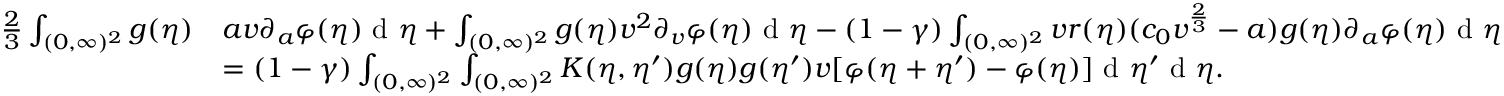
\begin{array} { r l } { \frac { 2 } { 3 } \int _ { ( 0 , \infty ) ^ { 2 } } g ( \eta ) } & { a v \partial _ { a } \varphi ( \eta ) \textup { d } \eta + \int _ { ( 0 , \infty ) ^ { 2 } } g ( \eta ) v ^ { 2 } \partial _ { v } \varphi ( \eta ) \textup { d } \eta - ( 1 - \gamma ) \int _ { ( 0 , \infty ) ^ { 2 } } v r ( \eta ) ( c _ { 0 } v ^ { \frac { 2 } { 3 } } - a ) g ( \eta ) \partial _ { a } \varphi ( \eta ) \textup { d } \eta } \\ & { = ( 1 - \gamma ) \int _ { ( 0 , \infty ) ^ { 2 } } \int _ { ( 0 , \infty ) ^ { 2 } } K ( \eta , \eta ^ { \prime } ) g ( \eta ) g ( \eta ^ { \prime } ) v [ \varphi ( \eta + \eta ^ { \prime } ) - \varphi ( \eta ) ] \textup { d } \eta ^ { \prime } \textup { d } \eta . } \end{array}